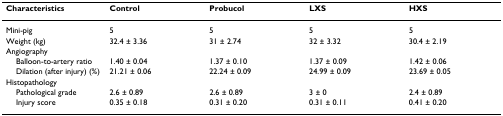
<table><thead><tr><td><b>Characteristics</b></td><td><b>Control</b></td><td><b>Probucol</b></td><td><b>LXS</b></td><td><b>HXS</b></td></tr></thead><tbody><tr><td>Mini-pig</td><td>5</td><td>5</td><td>5</td><td>5</td></tr><tr><td>Weight (kg)</td><td>32.4 ± 3.36</td><td>31 ± 2.74</td><td>32 ± 3.32</td><td>30.4 ± 2.19</td></tr><tr><td>Angiography</td><td></td><td></td><td></td><td></td></tr><tr><td> Balloon-to-artery ratio</td><td>1.40 ± 0.04</td><td>1.37 ± 0.10</td><td>1.37 ± 0.09</td><td>1.42 ± 0.06</td></tr><tr><td> Dilation (after injury) (%)</td><td>21.21 ± 0.06</td><td>22.24 ± 0.09</td><td>24.99 ± 0.09</td><td>23.69 ± 0.05</td></tr><tr><td>Histopathology</td><td></td><td></td><td></td><td></td></tr><tr><td> Pathological grade</td><td>2.6 ± 0.89</td><td>2.6 ± 0.89</td><td>3 ± 0</td><td>2.4 ± 0.89</td></tr><tr><td> Injury score</td><td>0.35 ± 0.18</td><td>0.31 ± 0.20</td><td>0.31 ± 0.11</td><td>0.41 ± 0.20</td></tr></tbody></table>